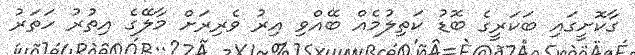
ގާކޮށީގައި ބަކަރީގެ ބޮޑު ކަތިލުމެއް ބޭއްވި އިރު ވެރިރަށް މާލޭގެ އިތުރު ހަތަރު